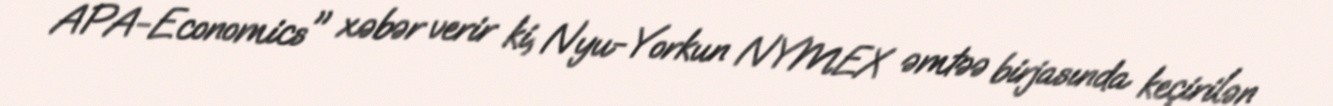
APA-Economics" xəbər verir ki, Nyu-Yorkun NYMEX əmtəə birjasında keçirilən